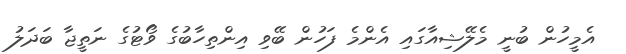
އެމީހުން ބުނީ މެލޭޝިއާގައި އެންމެ ފަހުން ބޭވި އިންތިހާބުގެ ވޯޓުގެ ނަތީޖާ ބަދަލު